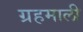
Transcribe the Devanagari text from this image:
ग्रहमाली